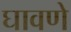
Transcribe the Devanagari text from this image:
घावणे